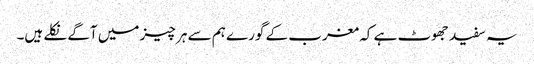
یہ سفید جھوٹ ہے کہ مغرب کے گورے ہم سے ہر چیز میں آگے نکلے ہیں۔